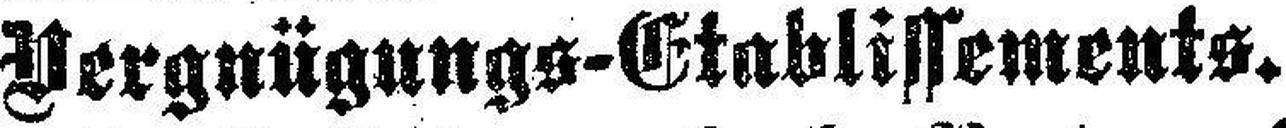
Vergnügungs-Etablissements.